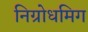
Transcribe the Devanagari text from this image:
निग्रोधमिग